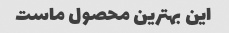
این بهترین محصول ماست